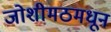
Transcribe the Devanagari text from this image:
जोशीमठमधून